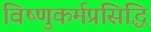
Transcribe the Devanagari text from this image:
विष्णुकर्मप्रसिद्धि